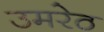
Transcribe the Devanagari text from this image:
उमरेठ